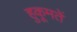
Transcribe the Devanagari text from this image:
हुकूमतें